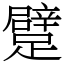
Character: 躄